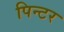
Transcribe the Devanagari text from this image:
पिन्टर